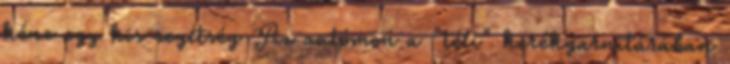
kéne egy kis segítség Az autómon a "téli" kerékgarnitúrában